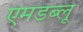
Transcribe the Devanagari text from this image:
एमडब्लू